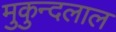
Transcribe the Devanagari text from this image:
मुकुन्दलाल